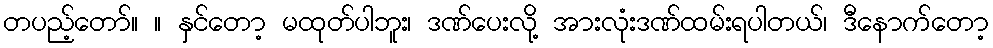
တပည့်တော်။ ။ နှင်တော့ မထုတ်ပါဘူး၊ ဒဏ်ပေးလို့ အားလုံးဒဏ်ထမ်းရပါတယ်၊ ဒီနောက်တော့